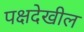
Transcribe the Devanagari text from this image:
पक्षदेखील